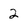
Character: 2